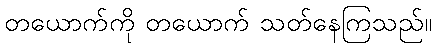
တယောက်ကို တယောက် သတ်နေကြသည်။